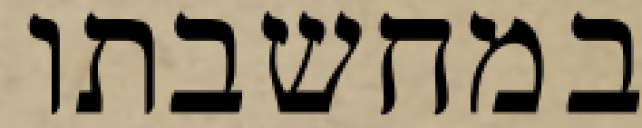
במחשבתו